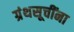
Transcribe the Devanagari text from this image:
ग्रंथसूचींना